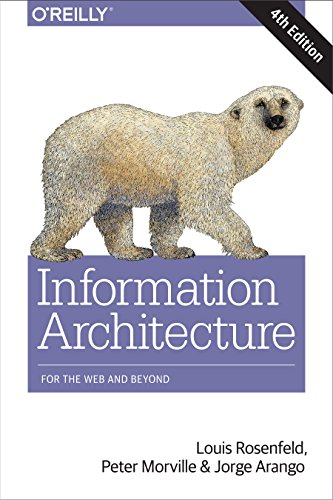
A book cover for Information Architecture: For the Web and Beyond; Louis Rosenfeld; Computers & Technology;